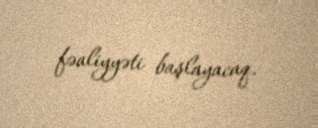
fəaliyyəti başlayacaq.